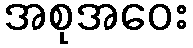
အစုအဝေး